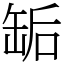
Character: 缿